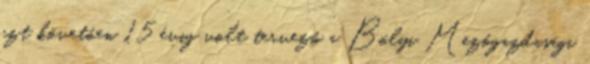
ezt követôen 15 évig volt tervezô a Bólyi Mezôgazdasági